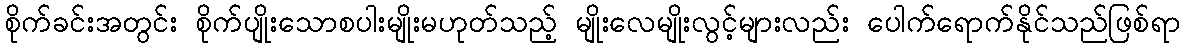
စိုက်ခင်းအတွင်း စိုက်ပျိုးသောစပါးမျိုးမဟုတ်သည့် မျိုးလေမျိုးလွင့်များလည်း ပေါက်ရောက်နိုင်သည်ဖြစ်ရာ